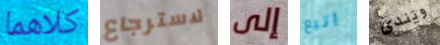
كلاهما لاسترجاع إلى اتبع ويندى